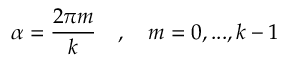
\alpha = \frac { 2 \pi m } { k } \quad , \quad m = 0 , . . . , k - 1